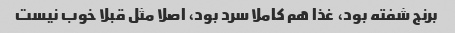
برنج شفته بود، غذا هم کاملا سرد بود، اصلا مثل قبلا خوب نیست